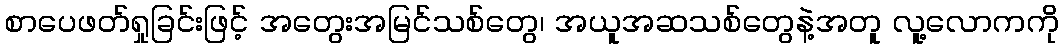
စာပေဖတ်ရှုခြင်းဖြင့် အတွေးအမြင်သစ်တွေ၊ အယူအဆသစ်တွေနဲ့အတူ လူ့လောကကို